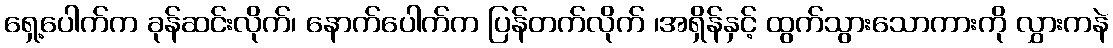
ရှေ့ပေါက်က ခုန်ဆင်းလိုက်၊ နောက်ပေါက်က ပြန်တက်လိုက် ၊အရှိန်နှင့် ထွက်သွားသောကားကို လွှားကနဲ